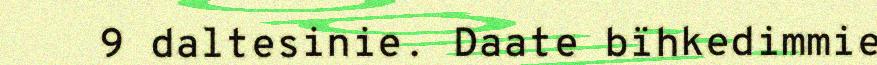
9 daltesinie. Daate bïhkedimmie